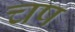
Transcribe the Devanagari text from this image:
चष